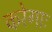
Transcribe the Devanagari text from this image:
करेगाः